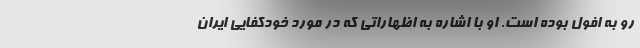
رو به افول بوده است. او با اشاره به اظهاراتی که در مورد خودکفایی ایران